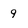
Character: 9